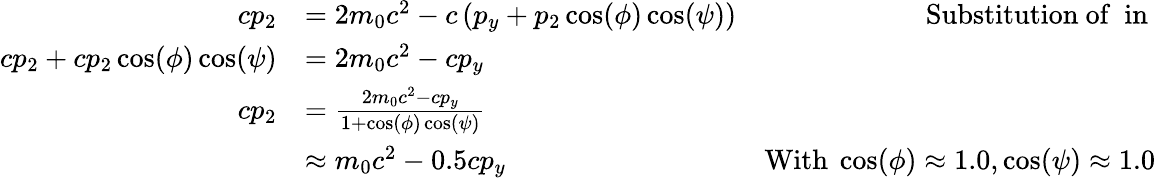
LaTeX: \begin{array}{rlr}{cp_{2}}&{=2m_{0}c^{2}-c\left(p_{y}+p_{2}\cos(\phi)\cos(\psi)\right)}&{\mathrm{Substitution~of~}\mathrm{~in~}}\\ {cp_{2}+cp_{2}\cos(\phi)\cos(\psi)}&{=2m_{0}c^{2}-cp_{y}}&\\ {cp_{2}}&{=\frac{2m_{0}c^{2}-cp_{y}}{1+\cos(\phi)\cos(\psi)}}&\\ &{\approx m_{0}c^{2}-0.5cp_{y}}&{\mathrm{With~}\cos(\phi)\approx 1.0,\cos(\psi)\approx 1.0}\end{array}